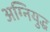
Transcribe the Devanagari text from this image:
अग्नियुद्ध